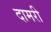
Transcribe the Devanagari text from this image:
दामरी